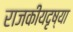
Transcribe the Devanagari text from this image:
राजकीयदृष्या